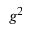
g ^ { 2 }